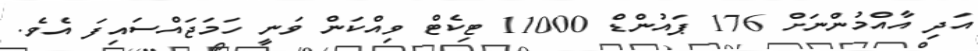
އަދި އާއްމުންނަށް 176 ޕައުންޑް 11000 ޓިކެޓް ވިއްކަން ވަނީ ހަމަޖައްސައިފަ އެވެ.